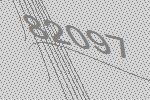
82097